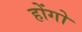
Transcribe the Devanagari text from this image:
होंगो